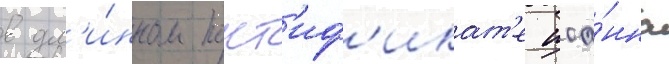
в дл'и́нном понт'иф'икат'е иоа́нна